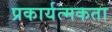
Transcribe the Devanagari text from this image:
प्रकार्यत्मकता